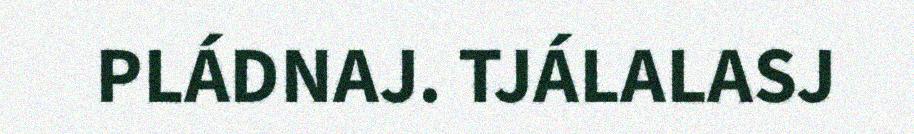
PLÁDNAJ. TJÁLALASJ